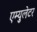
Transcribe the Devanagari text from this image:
एम्युलेटर